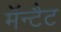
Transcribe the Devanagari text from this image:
मॅन्टैट